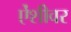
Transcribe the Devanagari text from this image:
ऐंशीवर